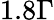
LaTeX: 1.8\Gamma